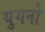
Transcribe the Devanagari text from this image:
युगनो